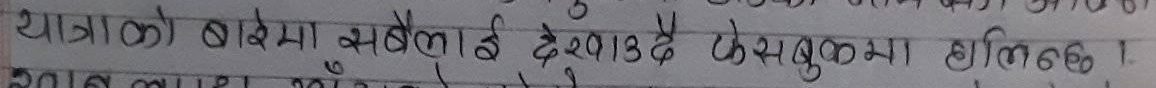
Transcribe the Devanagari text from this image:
यात्राको बारेमा सबैलाई देखाउँदै फेसबुकमा हालिन्छ।